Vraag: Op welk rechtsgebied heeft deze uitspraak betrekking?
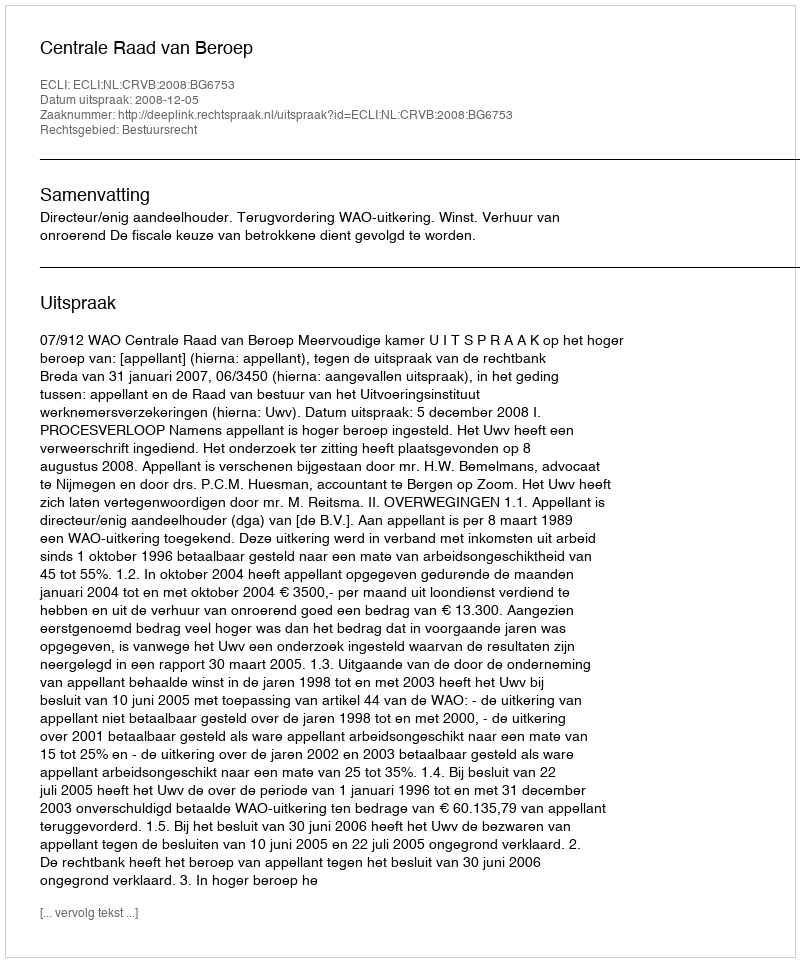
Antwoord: Bestuursrecht